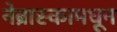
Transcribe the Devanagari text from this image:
नेब्रास्कामधून